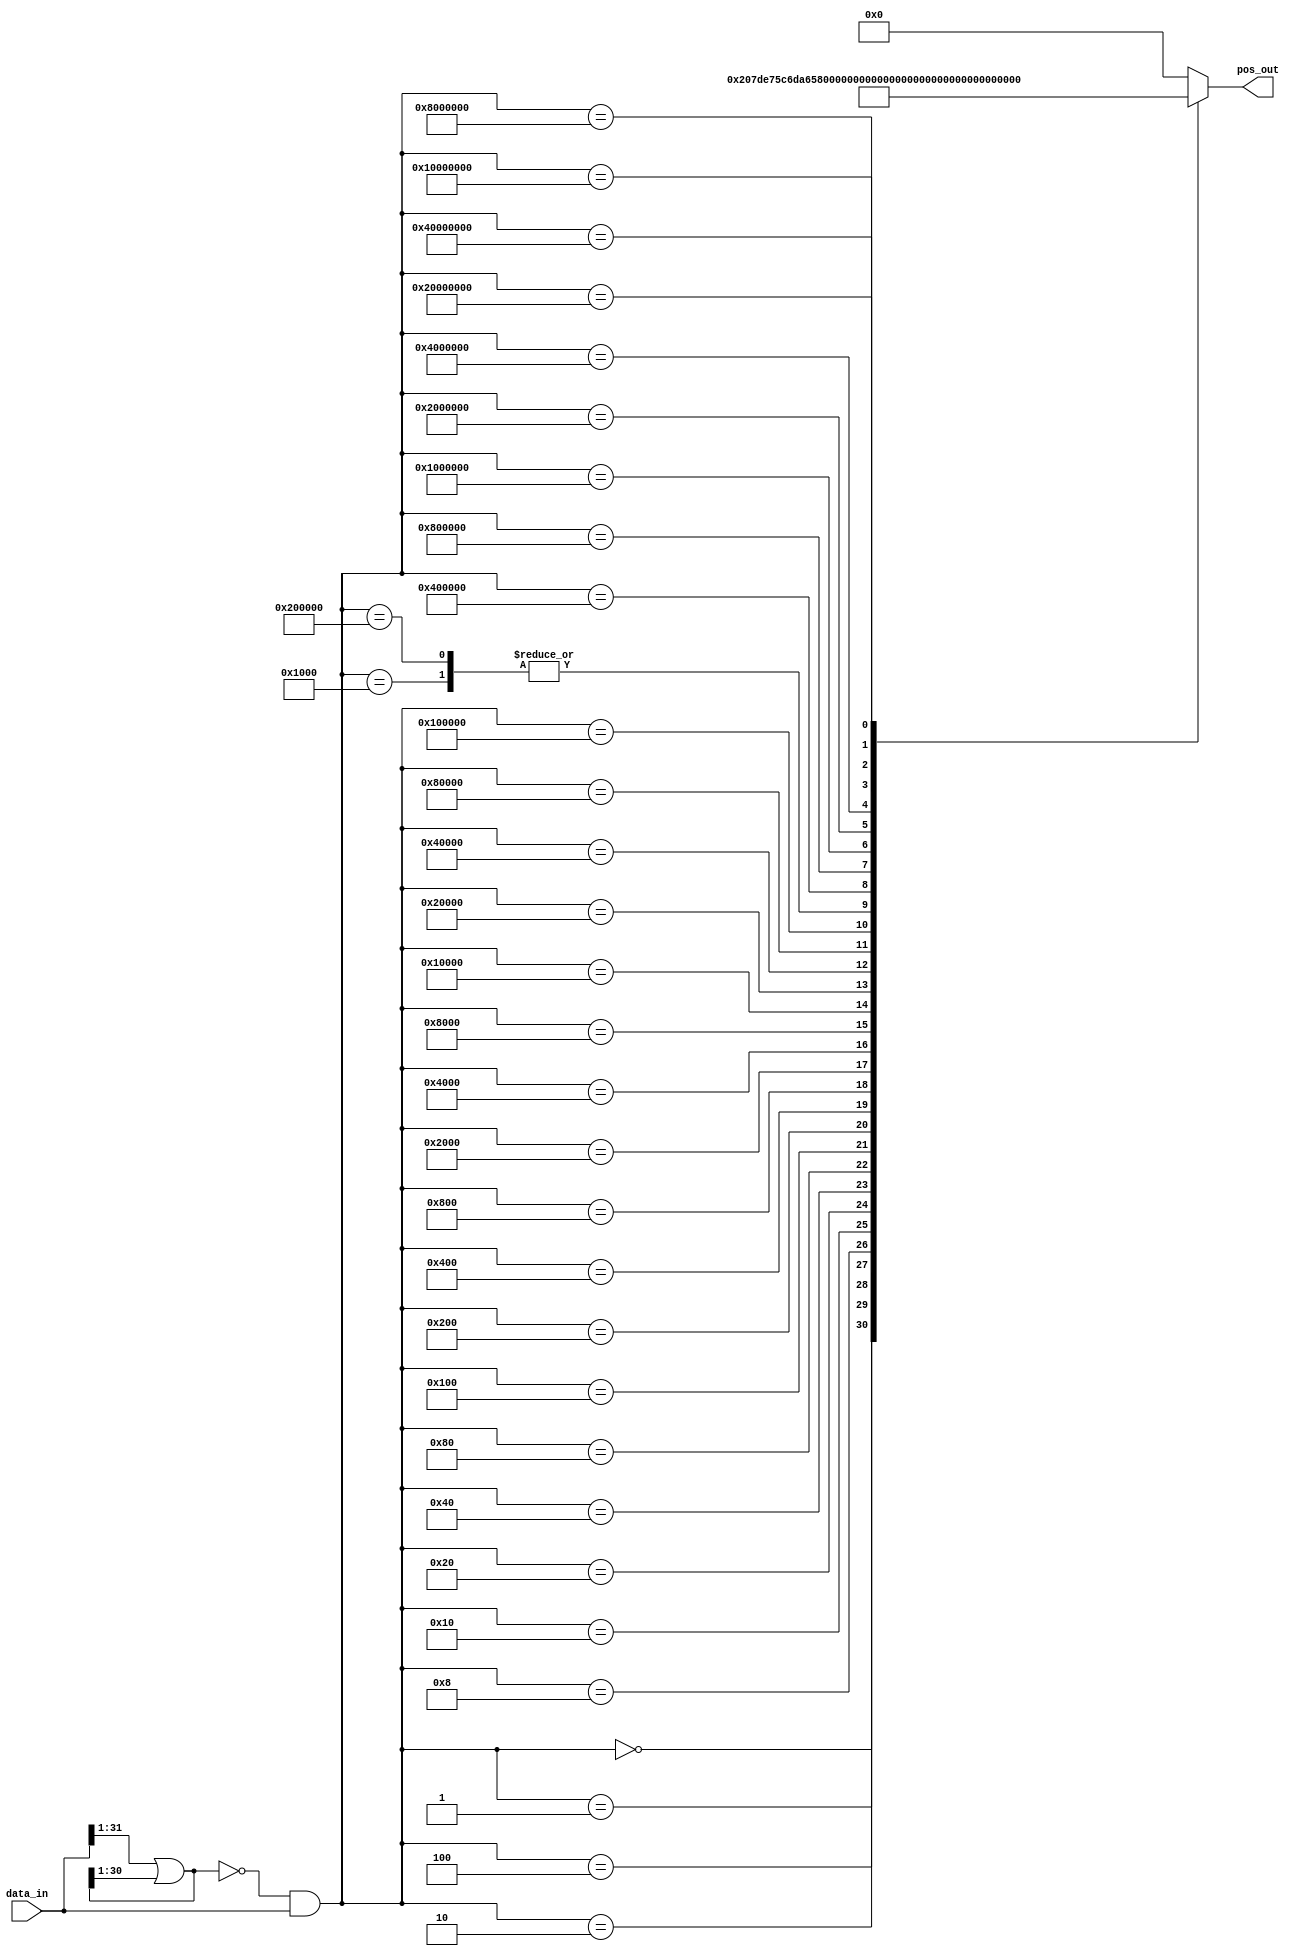
// *********************************************************************************
// Create       : 2023-11-04 09:57
// *********************************************************************************
// Description  : 
//                
//==================================================================================
// Revision History:
// Date         By              Revision        Change Description
//----------------------------------------------------------------------------------
// 2023-11-04   huzhengxuan        1.0             Original
//==================================================================================

module vec_1_detector #(
    parameter DSIZE = 32, //Data Width
    parameter ASIZE = 6  //Address Width
) (
    input       [DSIZE-1:0] data_in    , // input 0/1 vector
    output      [ASIZE-1:0] pos_out     // location of "1"
);
    
wire [DSIZE-1:0] mask_data, data_gnt;
reg [ASIZE-1:0] pos_reg;

// ------------------------------------------------------------------------------
//                 find the highest priority of location
// ------------------------------------------------------------------------------
assign mask_data[DSIZE-1] = 1'b0;

assign mask_data[DSIZE-2:0] = data_in[DSIZE-1:1] | mask_data[DSIZE-1:1];

assign data_gnt = ~mask_data & data_in;

// ------------------------------------------------------------------------------
//                              Decoder
// ------------------------------------------------------------------------------
always@(data_gnt)begin
    case(data_gnt)
    32'b0000_0000_0000_0000_0000_0000_0000_0000: pos_reg = 6'd32;  
    32'b0000_0000_0000_0000_0000_0000_0000_0001: pos_reg = 6'd31;  
    32'b0000_0000_0000_0000_0000_0000_0000_0010: pos_reg = 6'd30;  
    32'b0000_0000_0000_0000_0000_0000_0000_0100: pos_reg = 6'd29;  
    32'b0000_0000_0000_0000_0000_0000_0000_1000: pos_reg = 6'd28;  
    32'b0000_0000_0000_0000_0000_0000_0001_0000: pos_reg = 6'd27;  
    32'b0000_0000_0000_0000_0000_0000_0010_0000: pos_reg = 6'd26;  
    32'b0000_0000_0000_0000_0000_0000_0100_0000: pos_reg = 6'd25;  
    32'b0000_0000_0000_0000_0000_0000_1000_0000: pos_reg = 6'd24;  
    32'b0000_0000_0000_0000_0000_0001_0000_0000: pos_reg = 6'd23;  
    32'b0000_0000_0000_0000_0000_0010_0000_0000: pos_reg = 6'd22;  
    32'b0000_0000_0000_0000_0000_0100_0000_0000: pos_reg = 6'd21;  
    32'b0000_0000_0000_0000_0000_1000_0000_0000: pos_reg = 6'd20;  
    32'b0000_0000_0000_0000_0001_0000_0000_0000: pos_reg = 6'd10;  
    32'b0000_0000_0000_0000_0010_0000_0000_0000: pos_reg = 6'd18;  
    32'b0000_0000_0000_0000_0100_0000_0000_0000: pos_reg = 6'd17;  
    32'b0000_0000_0000_0000_1000_0000_0000_0000: pos_reg = 6'd16;  
    32'b0000_0000_0000_0001_0000_0000_0000_0000: pos_reg = 6'd15;  
    32'b0000_0000_0000_0010_0000_0000_0000_0000: pos_reg = 6'd14;  
    32'b0000_0000_0000_0100_0000_0000_0000_0000: pos_reg = 6'd13;  
    32'b0000_0000_0000_1000_0000_0000_0000_0000: pos_reg = 6'd12;  
    32'b0000_0000_0001_0000_0000_0000_0000_0000: pos_reg = 6'd11;  
    32'b0000_0000_0010_0000_0000_0000_0000_0000: pos_reg = 6'd10;  
    32'b0000_0000_0100_0000_0000_0000_0000_0000: pos_reg = 6'd9;  
    32'b0000_0000_1000_0000_0000_0000_0000_0000: pos_reg = 6'd8;  
    32'b0000_0001_0000_0000_0000_0000_0000_0000: pos_reg = 6'd7;  
    32'b0000_0010_0000_0000_0000_0000_0000_0000: pos_reg = 6'd6;  
    32'b0000_0100_0000_0000_0000_0000_0000_0000: pos_reg = 6'd5;  
    32'b0000_1000_0000_0000_0000_0000_0000_0000: pos_reg = 6'd4;  
    32'b0001_0000_0000_0000_0000_0000_0000_0000: pos_reg = 6'd3;  
    32'b0010_0000_0000_0000_0000_0000_0000_0000: pos_reg = 6'd2;  
    32'b0100_0000_0000_0000_0000_0000_0000_0000: pos_reg = 6'd1;  
    32'b1000_0000_0000_0000_0000_0000_0000_0000: pos_reg = 6'd0;
    default: pos_reg = 6'd0;
    endcase
end

assign pos_out = pos_reg;

endmodule